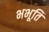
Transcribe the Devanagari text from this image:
भभूति